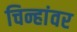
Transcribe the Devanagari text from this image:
चिन्हांवर